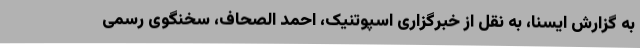
به گزارش ایسنا، به نقل از خبرگزاری اسپوتنیک، احمد الصحاف، سخنگوی رسمی